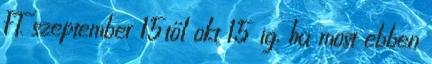
FT. szeptember 15től okt 15 ig, ha most ebben